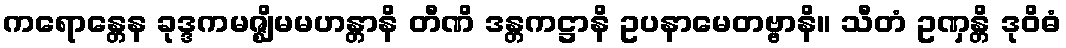
ကရောန္တေန ခုဒ္ဒကမဇ္ဈိမမဟန္တာနိ တီဏိ ဒန္တကဋ္ဌာနိ ဥပနာမေတဗ္ဗာနိ။ သီတံ ဥဏှန္တိ ဒုဝိဓံ